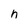
Character: n